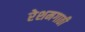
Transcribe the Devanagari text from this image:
रेशमगाठी